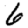
Digit: 6